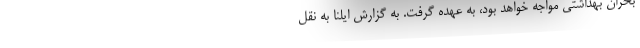
بحران بهداشتی مواجه خواهد بود، به عهده گرفت. به گزارش ایلنا به نقل